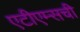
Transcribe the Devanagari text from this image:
एटीएम्सची